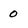
Character: 0